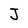
Character: J